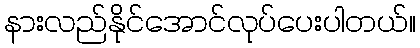
နားလည်နိုင်အောင်လုပ်ပေးပါတယ်။